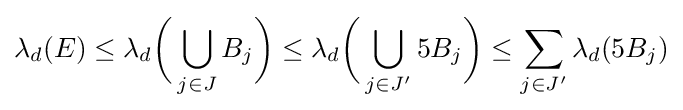
\lambda _{d}(E)\leq \lambda _{d}{\biggl (}\bigcup _{j\in J}B_{j}{\biggr )}\leq \lambda _{d}{\biggl (}\bigcup _{j\in J'}5B_{j}{\biggr )}\leq \sum _{j\in J'}\lambda _{d}(5B_{j})